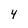
Character: 4